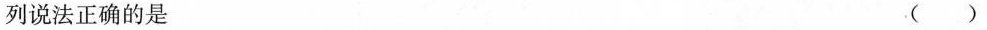
列说法正确的是 ()